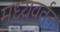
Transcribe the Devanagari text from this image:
मध्यवर्तन